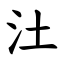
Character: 汢